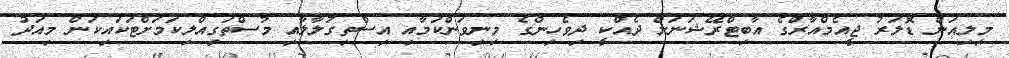
މިލިއަން ޑޮަލަރު ޖީއެމްއާރްގެ އާބިޓްރޭޝަނަށް ދެއްކީ ދިވެހިންގެ މިނިވަންކަމާއި އިސްތިގުލާލާއި މުސްތަގިއްލިކަމަށްޓަކައިކަން މިއަދު